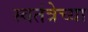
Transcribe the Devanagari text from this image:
स्वतंत्रेच्या